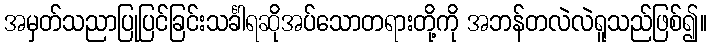
အမှတ်သညာပြုပြင်ခြင်းသင်္ခါရဆိုအပ်သောတရားတို့ကို အဘန်တလဲလဲရူသည်ဖြစ်၍။